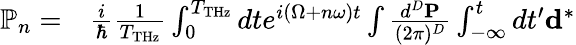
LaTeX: \begin{array}{rl}{\mathbb{P}_{n}=}&{{}\frac{i}{\hbar}\frac{1}{T_{\mathrm{THz}}}\int_{0}^{T_{\mathrm{THz}}}dte^{i(\Omega+n\omega)t}\int\frac{d^{D}{\mathbf P}}{(2\pi)^{D}}\int_{-\infty}^{t}dt^{\prime}{\mathbf d}^{*}}\end{array}